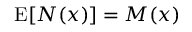
\operatorname { E } [ N ( x ) ] = M ( x )